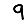
Digit: 9